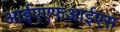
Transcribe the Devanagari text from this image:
आईएएफआईएस